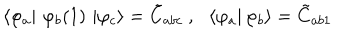
\left\langle \varphi _ { a } \right| \, \varphi _ { b } ( 1 ) \, \left| \varphi _ { c } \right\rangle = \tilde { C } _ { a b c } \ , \ \ \left\langle \varphi _ { a } \right| \left. \varphi _ { b } \right\rangle = \tilde { C } _ { a b 1 }